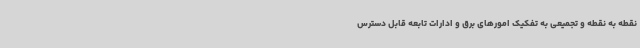
نقطه به نقطه و تجمیعی به تفکیک امورهای برق و ادارات تابعه قابل دسترس